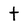
Character: t